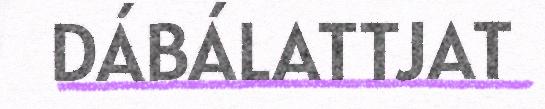
DÁBÁLATTJAT